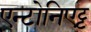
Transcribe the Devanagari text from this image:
एन्टोनिएट्ट